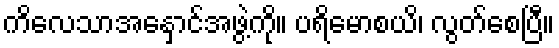
ကိလေသာအနှောင်အဖွဲ့ကို။ ပရိမောစယိ၊ လွတ်စေပြီ။